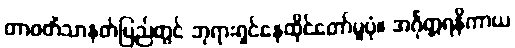
တာဝတိံသာနတ်ပြည်တွင် ဘုရားရှင်နေထိုင်တော်မူပုံ။ အင်္ဂုတ္တရနိကာယ